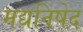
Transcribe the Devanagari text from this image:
मद्यनिषेद